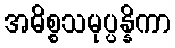
အဓိစ္စသမုပ္ပန္နိကာ